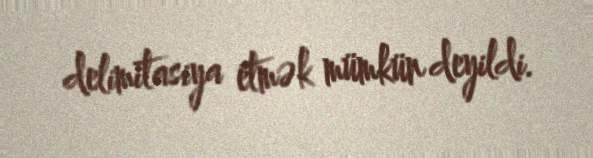
delimitasiya etmək mümkün deyildi.